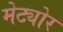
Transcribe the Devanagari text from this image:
मेट्योर